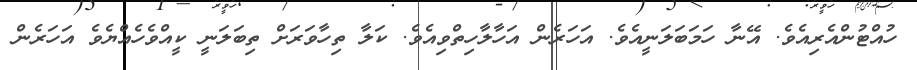
ހުއްޓުންއެރިއެވެ. އޭނާ ހަމަބަލަނީއެވެ. އަހަރެން އަހާލާހިތްވިއެވެ. ކަލާ ތިހާވަރަށް ތިބަލަނީ ކީއްވެހެއްޔެވެ އަހަރެން